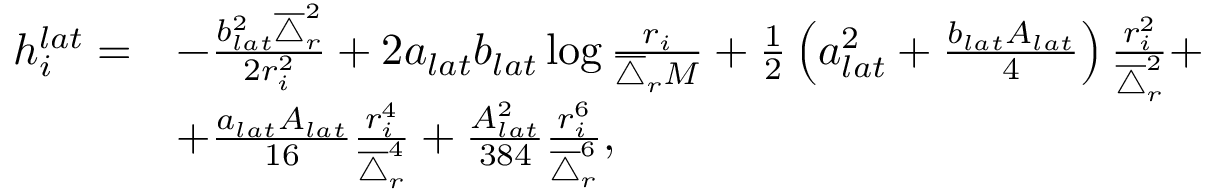
\begin{array} { r l } { h _ { i } ^ { l a t } = } & { - \frac { b _ { l a t } ^ { 2 } \overline { { \triangle } } _ { r } ^ { 2 } } { 2 r _ { i } ^ { 2 } } + 2 a _ { l a t } b _ { l a t } \log \frac { r _ { i } } { \overline { { \triangle } } _ { r } M } + \frac { 1 } { 2 } \left( a _ { l a t } ^ { 2 } + \frac { b _ { l a t } A _ { l a t } } { 4 } \right) \frac { r _ { i } ^ { 2 } } { \overline { { \triangle } } _ { r } ^ { 2 } } + } \\ & { + \frac { a _ { l a t } A _ { l a t } } { 1 6 } \frac { r _ { i } ^ { 4 } } { \overline { { \triangle } } _ { r } ^ { 4 } } + \frac { A _ { l a t } ^ { 2 } } { 3 8 4 } \frac { r _ { i } ^ { 6 } } { \overline { { \triangle } } _ { r } ^ { 6 } } , } \end{array}